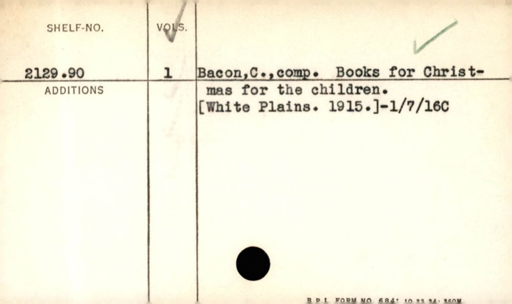
Label: content